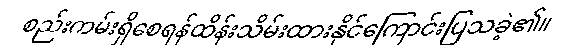
စည်းကမ်းရှိစေရန်ထိန်းသိမ်းထားနိုင်ကြောင်းပြသခဲ့၏။